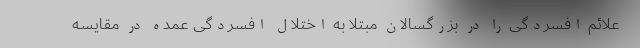
علائم افسردگی را در بزرگسالان مبتلا به اختلال افسردگی عمده در مقایسه